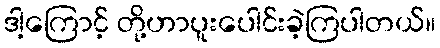
ဒါ့ကြောင့် တို့ဟာပူးပေါင်းခဲ့ကြပါတယ်။